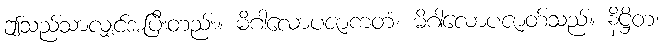
ဤသည်သာလျှင်အပြီးတည်း။ မိဂါလောပဇာကတံ၊ မိဂါလောပဇာတ်သည်။ နိဋ္ဌိတံ၊